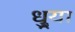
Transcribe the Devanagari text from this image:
धुर्‍या